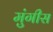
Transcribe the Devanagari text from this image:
मुंगीस